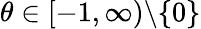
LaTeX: \theta\in[-1,\infty)\backslash\{ 0\}